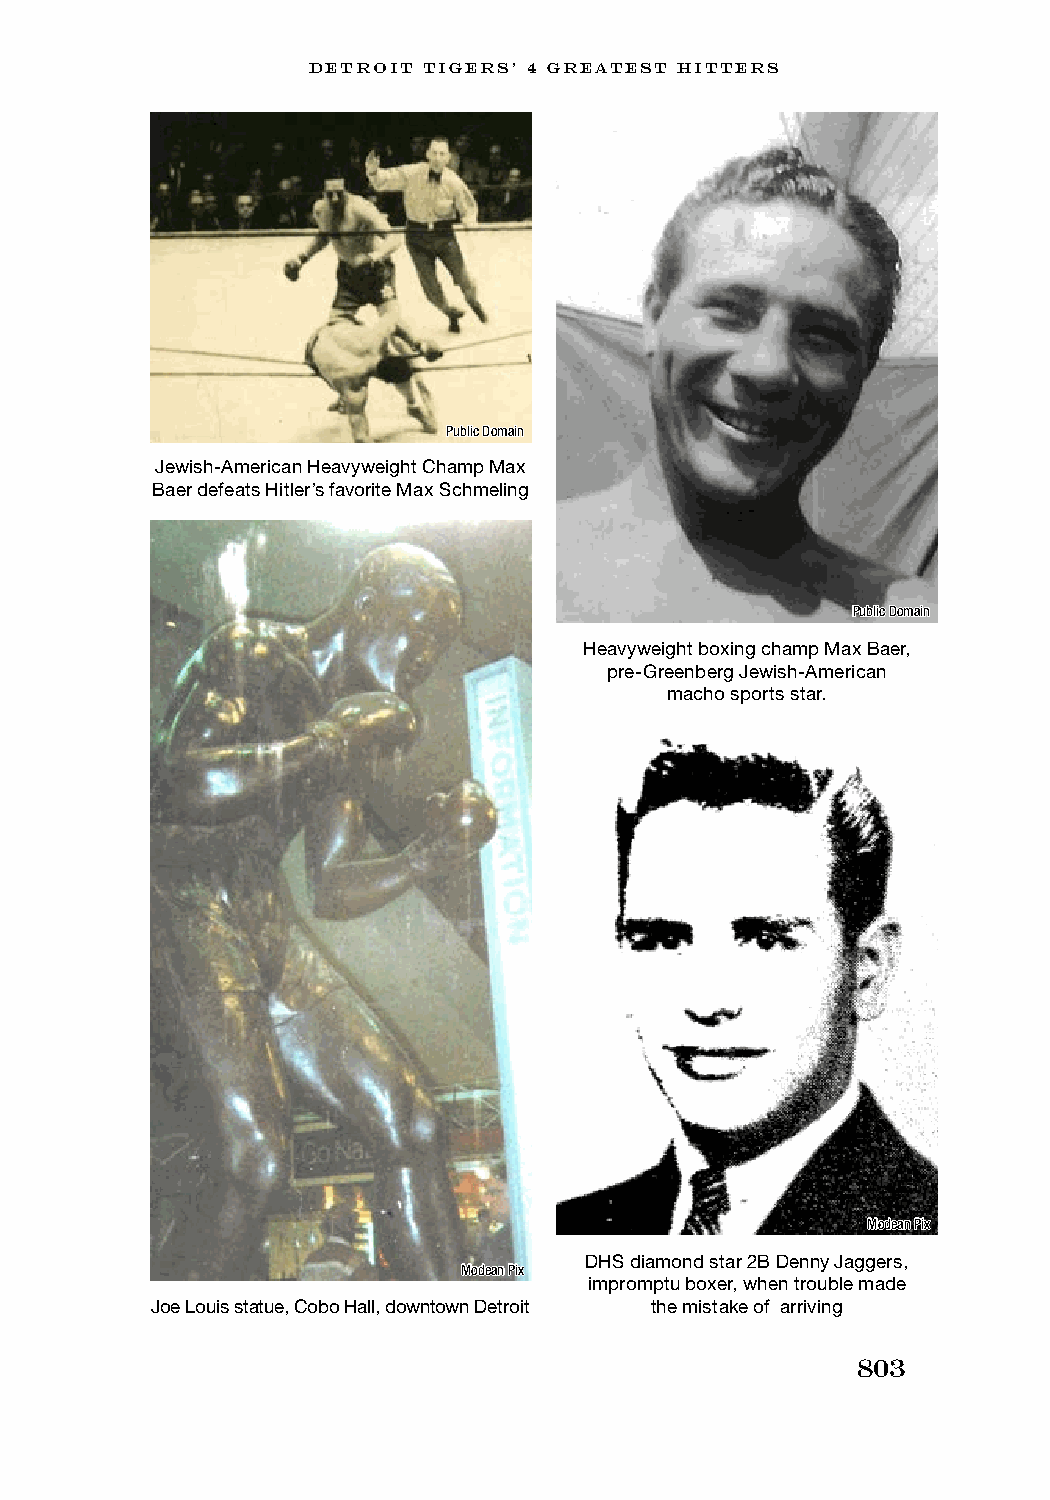
DETROIT TIGERS’ 4 GREATEST HITTERS
 Public Domain
 Jewish-American Heavyweight Champ Max
 Baer defeats Hitler’s favorite Max Schmeling
 Public Domain
 Heavyweight boxing champ Max Baer,
 pre-Greenberg Jewish-American
 macho sports star.
 Modean Pix
 DHS diamond star 2B Denny Jaggers,
 Modean Pix
 impromptu boxer, when trouble made
 Joe Louis statue, Cobo Hall, downtown Detroit the mistake of arriving
 803